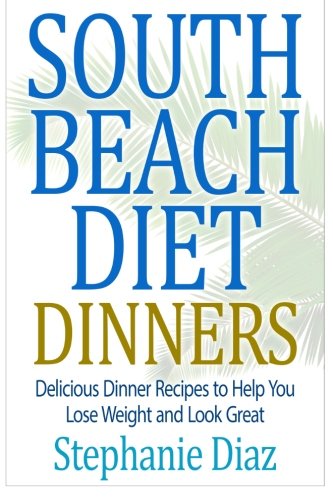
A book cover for South Beach Diet Dinners: Delicious Dinner Recipes to Help You Lose Weight and Look Great; Stephanie Diaz; Health, Fitness & Dieting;